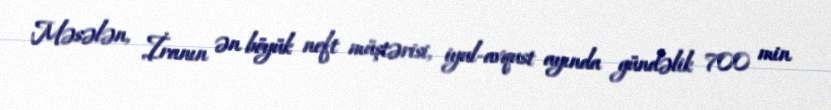
Məsələn, İranın ən böyük neft müştərisi, iyul-avqust ayında gündəlik 700 min